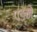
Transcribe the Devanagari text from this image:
पङ्ने